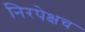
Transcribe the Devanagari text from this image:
निरपेक्षच